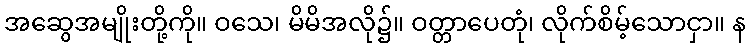
အဆွေအမျိုးတို့ကို။ ဝသေ၊ မိမိအလို၌။ ဝတ္တာပေတုံ၊ လိုက်စိမ့်သောငှာ။ န